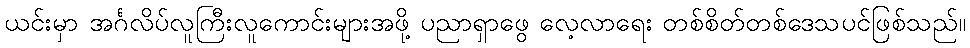
ယင်းမှာ အင်္ဂလိပ်လူကြီးလူကောင်းများအဖို့ ပညာရှာဖွေ လေ့လာရေး တစ်စိတ်တစ်ဒေသပင်ဖြစ်သည်။